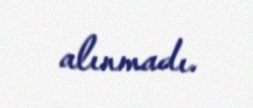
alınmadı.